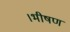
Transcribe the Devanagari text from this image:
।भीषण